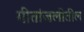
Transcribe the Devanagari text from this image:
गीतांजलीतील